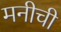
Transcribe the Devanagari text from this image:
मनीची